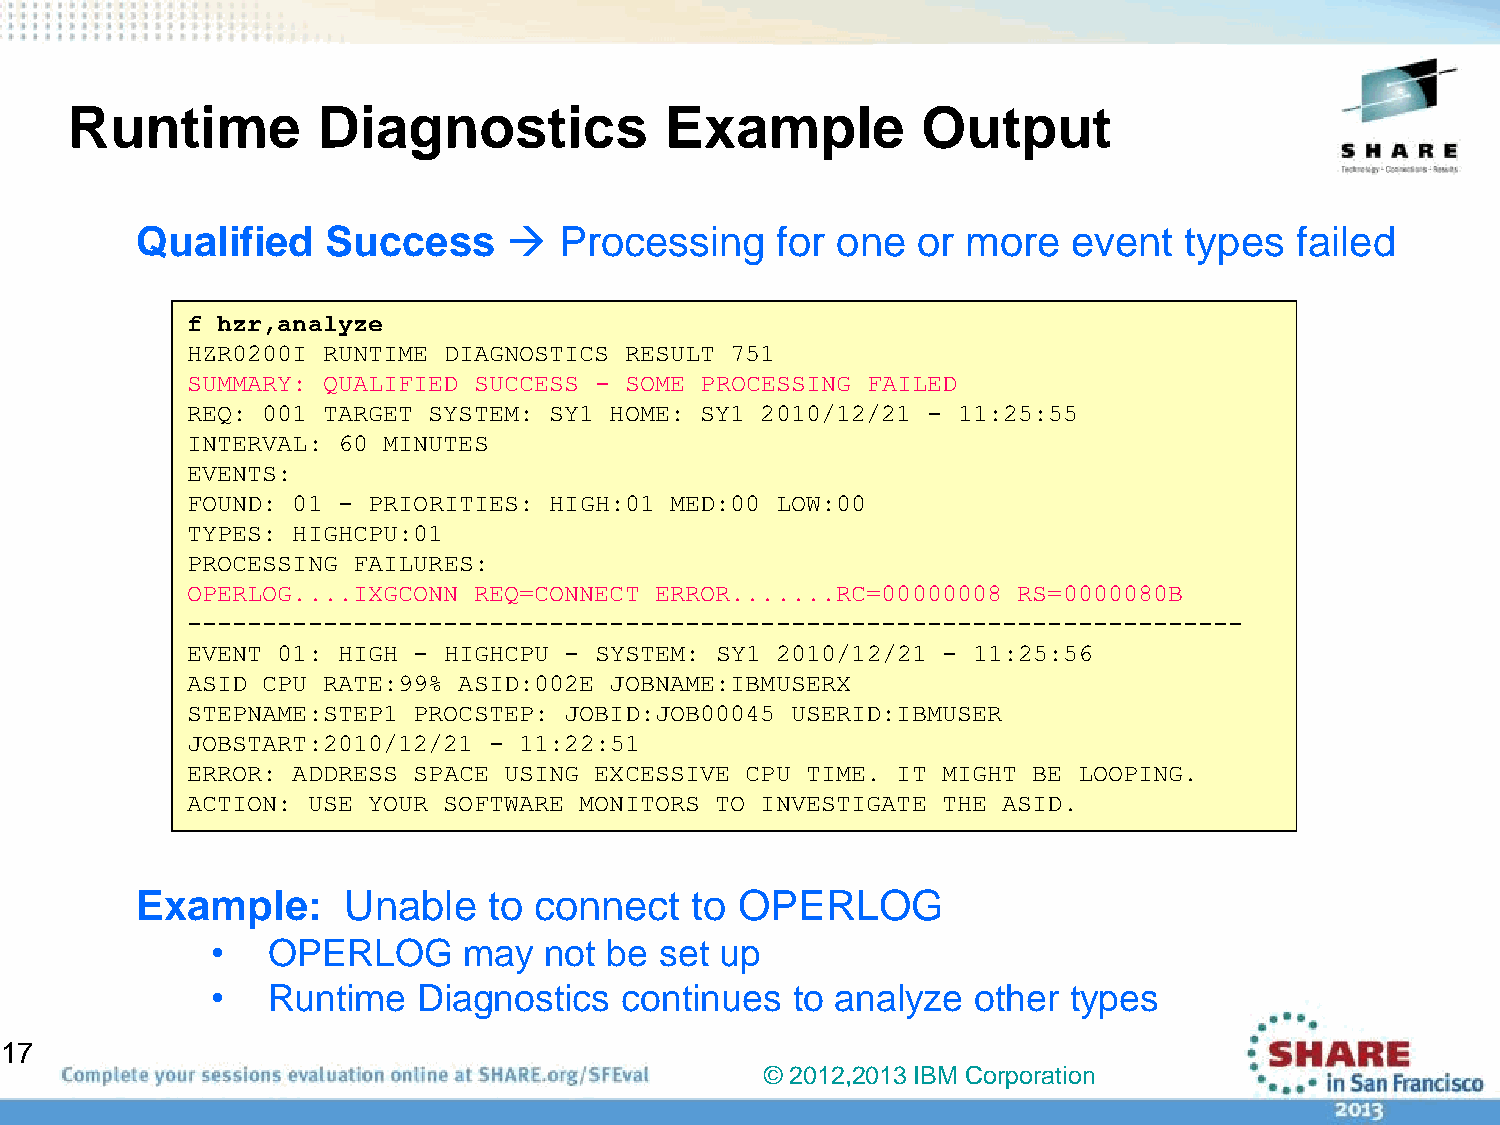
Runtime          Diagnostics            Example          Output
 Qualified    Success       Processing    for one   or more   event  types   failed
 f hzr,analyze
 HZR0200I RUNTIME DIAGNOSTICS RESULT 751
 SUMMARY: QUALIFIED SUCCESS - SOME PROCESSING FAILED
 REQ: 001 TARGET SYSTEM: SY1 HOME: SY1 2010/12/21 - 11:25:55
 INTERVAL: 60 MINUTES
 EVENTS:
 FOUND: 01 - PRIORITIES: HIGH:01 MED:00 LOW:00
 TYPES: HIGHCPU:01
 PROCESSING FAILURES:
 OPERLOG....IXGCONN REQ=CONNECT ERROR.......RC=00000008 RS=0000080B
 ----------------------------------------------------------------------
 EVENT 01: HIGH - HIGHCPU - SYSTEM: SY1 2010/12/21 - 11:25:56
 ASID CPU RATE:99% ASID:002E JOBNAME:IBMUSERX
 STEPNAME:STEP1 PROCSTEP: JOBID:JOB00045 USERID:IBMUSER
 JOBSTART:2010/12/21 - 11:22:51
 ERROR: ADDRESS SPACE USING EXCESSIVE CPU TIME. IT MIGHT BE LOOPING.
 ACTION: USE YOUR SOFTWARE MONITORS TO INVESTIGATE THE ASID.
 Example:      Unable   to connect    to OPERLOG
 •   OPERLOG      may  not be  set up
 •   Runtime   Diagnostics  continues  to analyze  other  types
 17
 © 2012,2013 IBM Corporation